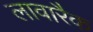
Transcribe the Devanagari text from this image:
लावारैक